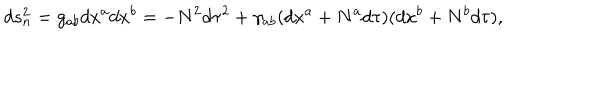
d s _ { n } ^ { 2 } = g _ { a b } d x ^ { a } d x ^ { b } = - N ^ { 2 } d \tau ^ { 2 } + \gamma _ { a b } ( d x ^ { a } + N ^ { a } d \tau ) ( d x ^ { b } + N ^ { b } d \tau ) ,